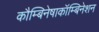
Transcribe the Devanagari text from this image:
कौम्बिनेषाकॉम्बिनेशन